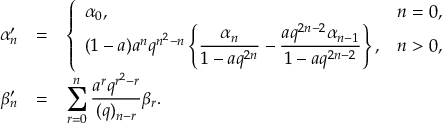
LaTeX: \begin{array} { r c l } { { \alpha _ { n } ^ { \prime } } } & { { = } } & { { \left\{ \begin{array} { l l } { { \alpha _ { 0 } , } } & { { n = 0 , } } \\ { { \displaystyle ( 1 - a ) a ^ { n } q ^ { n ^ { 2 } - n } \left\{ \frac { \alpha _ { n } } { 1 - a q ^ { 2 n } } - \frac { a q ^ { 2 n - 2 } \alpha _ { n - 1 } } { 1 - a q ^ { 2 n - 2 } } \right\} , } } & { { n > 0 , } } \end{array} \right. } } \\ { { \beta _ { n } ^ { \prime } } } & { { = } } & { { \displaystyle \sum _ { r = 0 } ^ { n } \frac { a ^ { r } q ^ { r ^ { 2 } - r } } { ( q ) _ { n - r } } \beta _ { r } . } } \end{array}